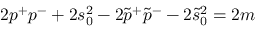
2 p ^ { + } p ^ { - } + 2 s _ { 0 } ^ { 2 } - 2 \tilde { p } ^ { + } \tilde { p } ^ { - } - 2 \tilde { s } _ { 0 } ^ { 2 } = 2 m